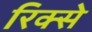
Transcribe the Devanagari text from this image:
रिक्से